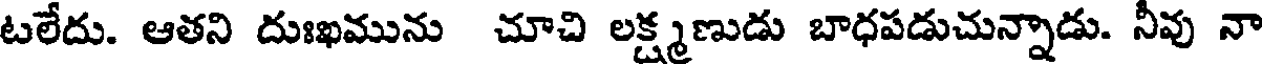
టలేదు. ఆతని దుఃఖమును చూచి లక్ష్మణుడు బాధపడుచున్నాడు. నీవు నా